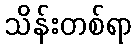
သိန်းတစ်ရာ